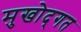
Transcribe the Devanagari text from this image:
मुखोद्गत